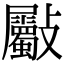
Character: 𣀻